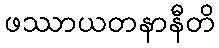
ဖဿာယတနာနီတိ